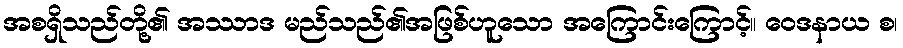
အစရှိသည်တို့၏ အဿာဒ မည်သည်၏အဖြစ်ဟူသော အကြောင်းကြောင့်။ ဝေဒနာယ စ၊